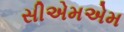
સીએમએમ